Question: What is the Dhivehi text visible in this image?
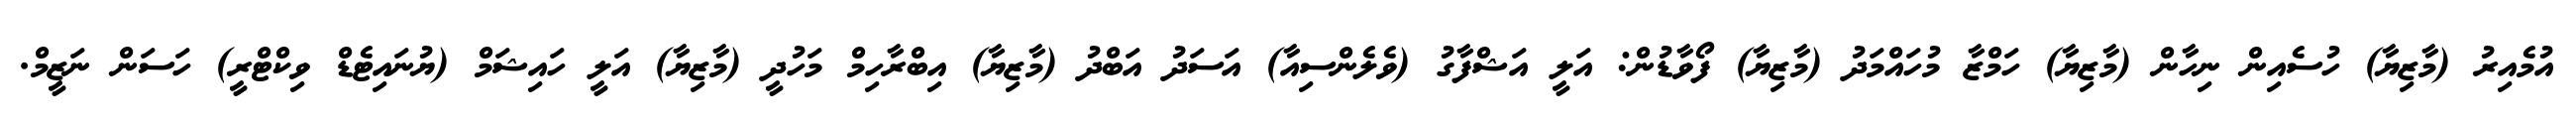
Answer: އުމެއިރު (މާޒިޔާ) ހުސެއިން ނިހާން (މާޒިޔާ) ހަމްޒާ މުހައްމަދު (މާޒިޔާ) ފޯވާޑުން: އަލީ އަޝްފާގު (ވެލެންސިއާ) އަސަދު އަބްދު (މާޒިޔާ) އިބްރާހިމް މަހުދީ (މާޒިޔާ) އަލީ ހައިޝަމް (ޔުނައިޓެޑް ވިކްޓްރީ) ހަސަން ނަޒީމް.